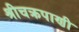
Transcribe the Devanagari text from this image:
श्रीचक्रपाणी